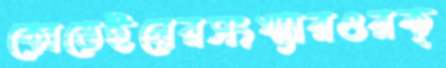
কোডেইনেরসংখ্যারওরক্